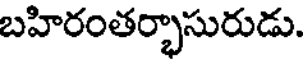
బహిరంతర్భాసురుడు.